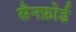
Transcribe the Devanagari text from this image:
सैनफ़ोर्ड